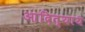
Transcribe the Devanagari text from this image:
आदित्याय